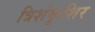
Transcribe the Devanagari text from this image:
त्रिशंकुशिर